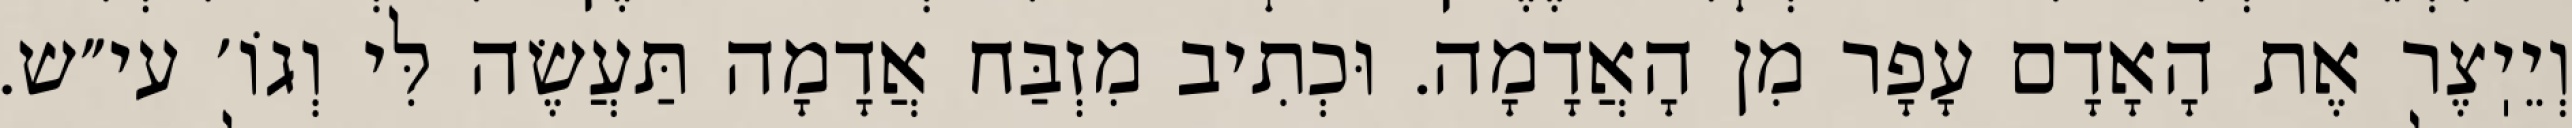
וְיֵיֽצֶר אֶת הָאָדָם עָפָר מִן הָאֲדָמָה. וּכְתִיב מִזְבַּח אֲדָמָה תַּעֲשֶׂה לִּי וְגוֹ׳ עי״ש.